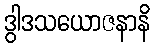
ဒွါဒသယောဇနာနိ